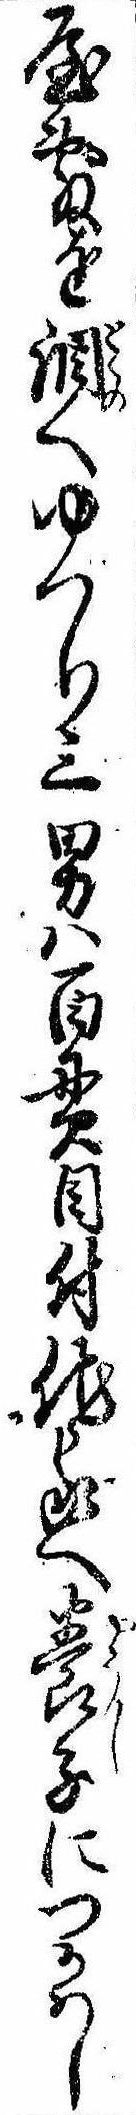
屋敷を調へゆつり三男は百貫目付他家へ養子につかはし